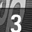
Digit: 3